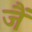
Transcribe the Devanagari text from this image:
जैं